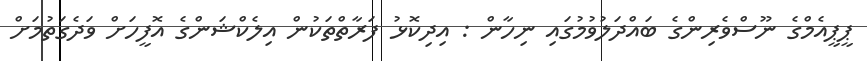
ޕީޕީއެމްގެ ނޫސްވެރިންގެ ބައްދަލުވުމުގައި ނިހާން : އިދިކޮޅު ފަރާތްތަކުން އިލެކްޝަންގެ އޮފީހަށް ވަދެގަތުމަށް